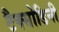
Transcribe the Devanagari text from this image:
टैक्सोडिनी